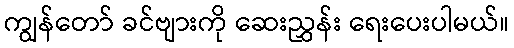
ကျွန်တော် ခင်ဗျားကို ဆေးညွှန်း ရေးပေးပါမယ်။